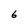
Character: 6